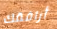
أرافقك